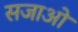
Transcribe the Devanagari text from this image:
सजाओ